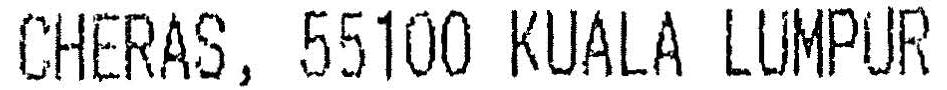
CHERAS, 55100 KUALA LUMPUR